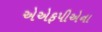
એએફપીએના